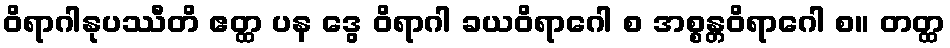
ဝိရာဂါနုပဿီတိ ဧတ္ထ ပန ဒွေ ဝိရာဂါ ခယဝိရာဂေါ စ အစ္စန္တဝိရာဂေါ စ။ တတ္ထ